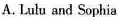
A.Lulu and Sophia